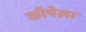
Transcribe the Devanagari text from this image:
कॉपेला